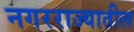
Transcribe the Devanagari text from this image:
नगरराज्यातील